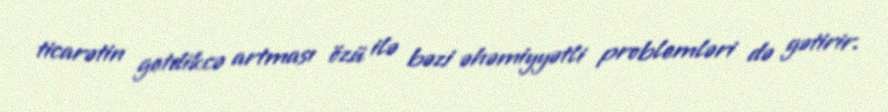
ticarətin getdikcə artması özü ilə bəzi əhəmiyyətli problemləri də gətirir.